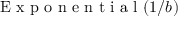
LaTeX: { \textrm { E x p o n e n t i a l } } ( 1 / b )